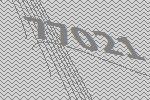
77021